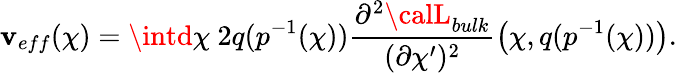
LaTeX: \mathbf{v}_{eff}(\chi)=\intd\chi~2q(p^{-1}(\chi))\frac{{\partial^{2}{\calL}_{bulk}}}{{(\partial\chi^{\prime})^{2}}}\left(\chi,q(p^{-1}(\chi))\right).